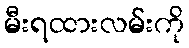
မီးရထားလမ်းကို